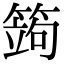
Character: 䈮